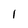
Character: 1